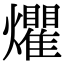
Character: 爠